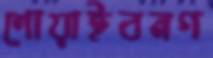
শোয়াইবনগ